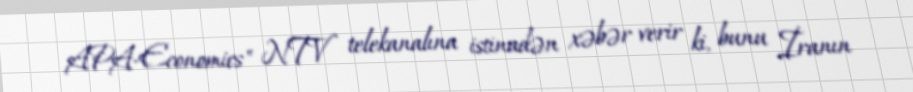
APA-Economics" NTV telekanalına istinadən xəbər verir ki, bunu İranın